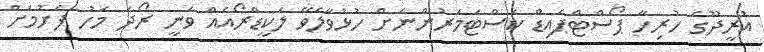
އުރީދޫގެ ހުރިހާ ޕޯސްޓްޕެއިޑް ކަސްޓަމަރުންނަށް ހުޅުވާލެވޭ ލަކީޑްރޯއެއް ވަނީ ރޯދަ މަހު ފެށުމަށް